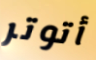
أتوتر